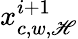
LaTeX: x_{c,w,\mathscr{H}}^{i+1}